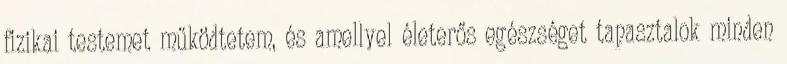
fizikai testemet működtetem, és amellyel életerős egészséget tapasztalok minden